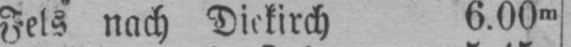
Fels nach Diekirch 6.00m